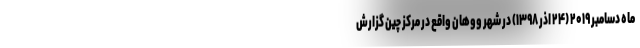
ماه دسامبر ۲۰۱۹ (۲۴ اذر ۱۳۹۸) در شهر ووهان واقع در مرکز چین گزارش